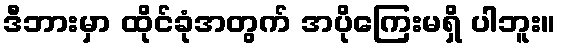
ဒီဘားမှာ ထိုင်ခုံအတွက် အပိုကြေးမရှိ ပါဘူး။